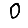
Digit: 0